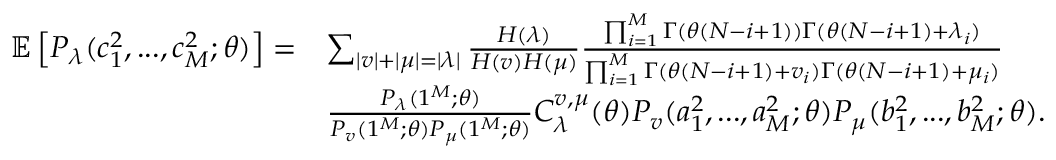
\begin{array} { r l } { \mathbb { E } \left[ P _ { \lambda } ( c _ { 1 } ^ { 2 } , . . . , c _ { M } ^ { 2 } ; \theta ) \right] = } & { \sum _ { | v | + | \mu | = | \lambda | } \frac { H ( \lambda ) } { H ( v ) H ( \mu ) } \frac { \prod _ { i = 1 } ^ { M } \Gamma ( \theta ( N - i + 1 ) ) \Gamma ( \theta ( N - i + 1 ) + \lambda _ { i } ) } { \prod _ { i = 1 } ^ { M } \Gamma ( \theta ( N - i + 1 ) + v _ { i } ) \Gamma ( \theta ( N - i + 1 ) + \mu _ { i } ) } } \\ & { \frac { P _ { \lambda } ( 1 ^ { M } ; \theta ) } { P _ { v } ( 1 ^ { M } ; \theta ) P _ { \mu } ( 1 ^ { M } ; \theta ) } C _ { \lambda } ^ { v , \mu } ( \theta ) P _ { v } ( a _ { 1 } ^ { 2 } , . . . , a _ { M } ^ { 2 } ; \theta ) P _ { \mu } ( b _ { 1 } ^ { 2 } , . . . , b _ { M } ^ { 2 } ; \theta ) . } \end{array}